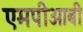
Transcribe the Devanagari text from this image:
एमपीओबी